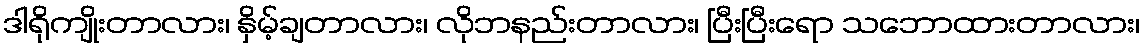
ဒါရိုကျိုးတာလား၊ နှိမ့်ချတာလား၊ လိုဘနည်းတာလား၊ ပြီးပြီးရော သဘောထားတာလား၊